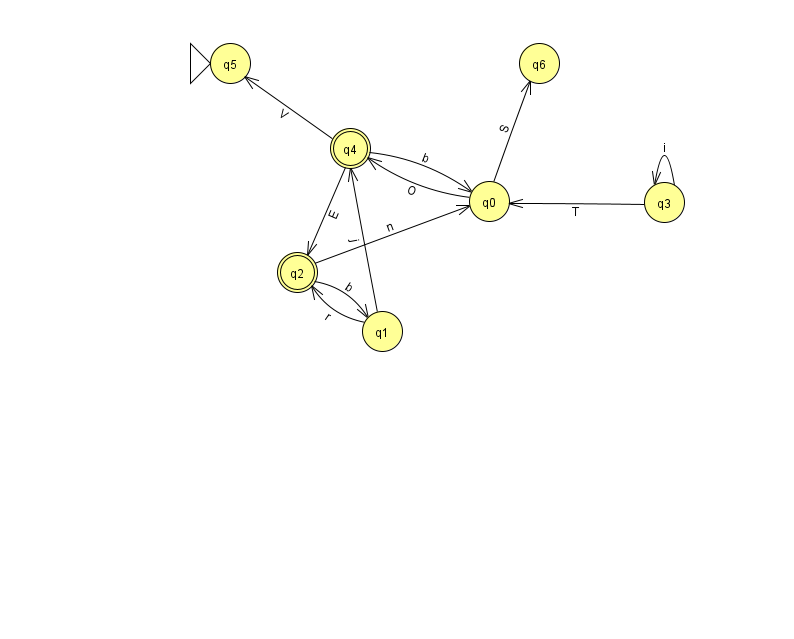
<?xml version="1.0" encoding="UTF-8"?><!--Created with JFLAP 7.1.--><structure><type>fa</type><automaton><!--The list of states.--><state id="0" name="q0"><x>489.0</x><y>188.0</y></state><state id="1" name="q1"><x>382.0</x><y>318.0</y></state><state id="2" name="q2"><x>297.0</x><y>259.0</y><final/></state><state id="3" name="q3"><x>664.0</x><y>189.0</y></state><state id="4" name="q4"><x>350.0</x><y>135.0</y><final/></state><state id="5" name="q5"><x>230.0</x><y>50.0</y><initial/></state><state id="6" name="q6"><x>539.0</x><y>50.0</y></state><!--The list of transitions.--><transition><from>3</from><to>0</to><read>T</read></transition><transition><from>0</from><to>4</to><read>O</read></transition><transition><from>4</from><to>2</to><read>E</read></transition><transition><from>1</from><to>2</to><read>r</read></transition><transition><from>2</from><to>1</to><read>b</read></transition><transition><from>3</from><to>3</to><read>i</read></transition><transition><from>0</from><to>6</to><read>S</read></transition><transition><from>2</from><to>0</to><read>n</read></transition><transition><from>4</from><to>0</to><read>b</read></transition><transition><from>1</from><to>4</to><read>j</read></transition><transition><from>4</from><to>5</to><read>V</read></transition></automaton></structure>